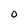
Character: 0